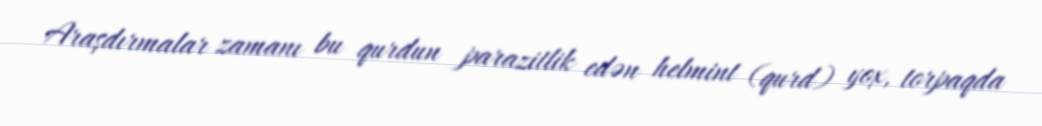
Araşdırmalar zamanı bu qurdun parazitlik edən helmint (qurd) yox, torpaqda